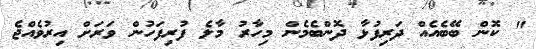
" ކޮން ބޭބެއެއް ދަރިފުޅާ ދޮންބެމެން މިހާރު މާލެ ފުރިފަހުން ވަރަށް އިރުވެއްޖެ